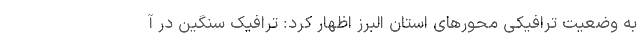
به وضعیت ترافیکی محورهای استان البرز اظهار کرد: ترافیک سنگین در آ